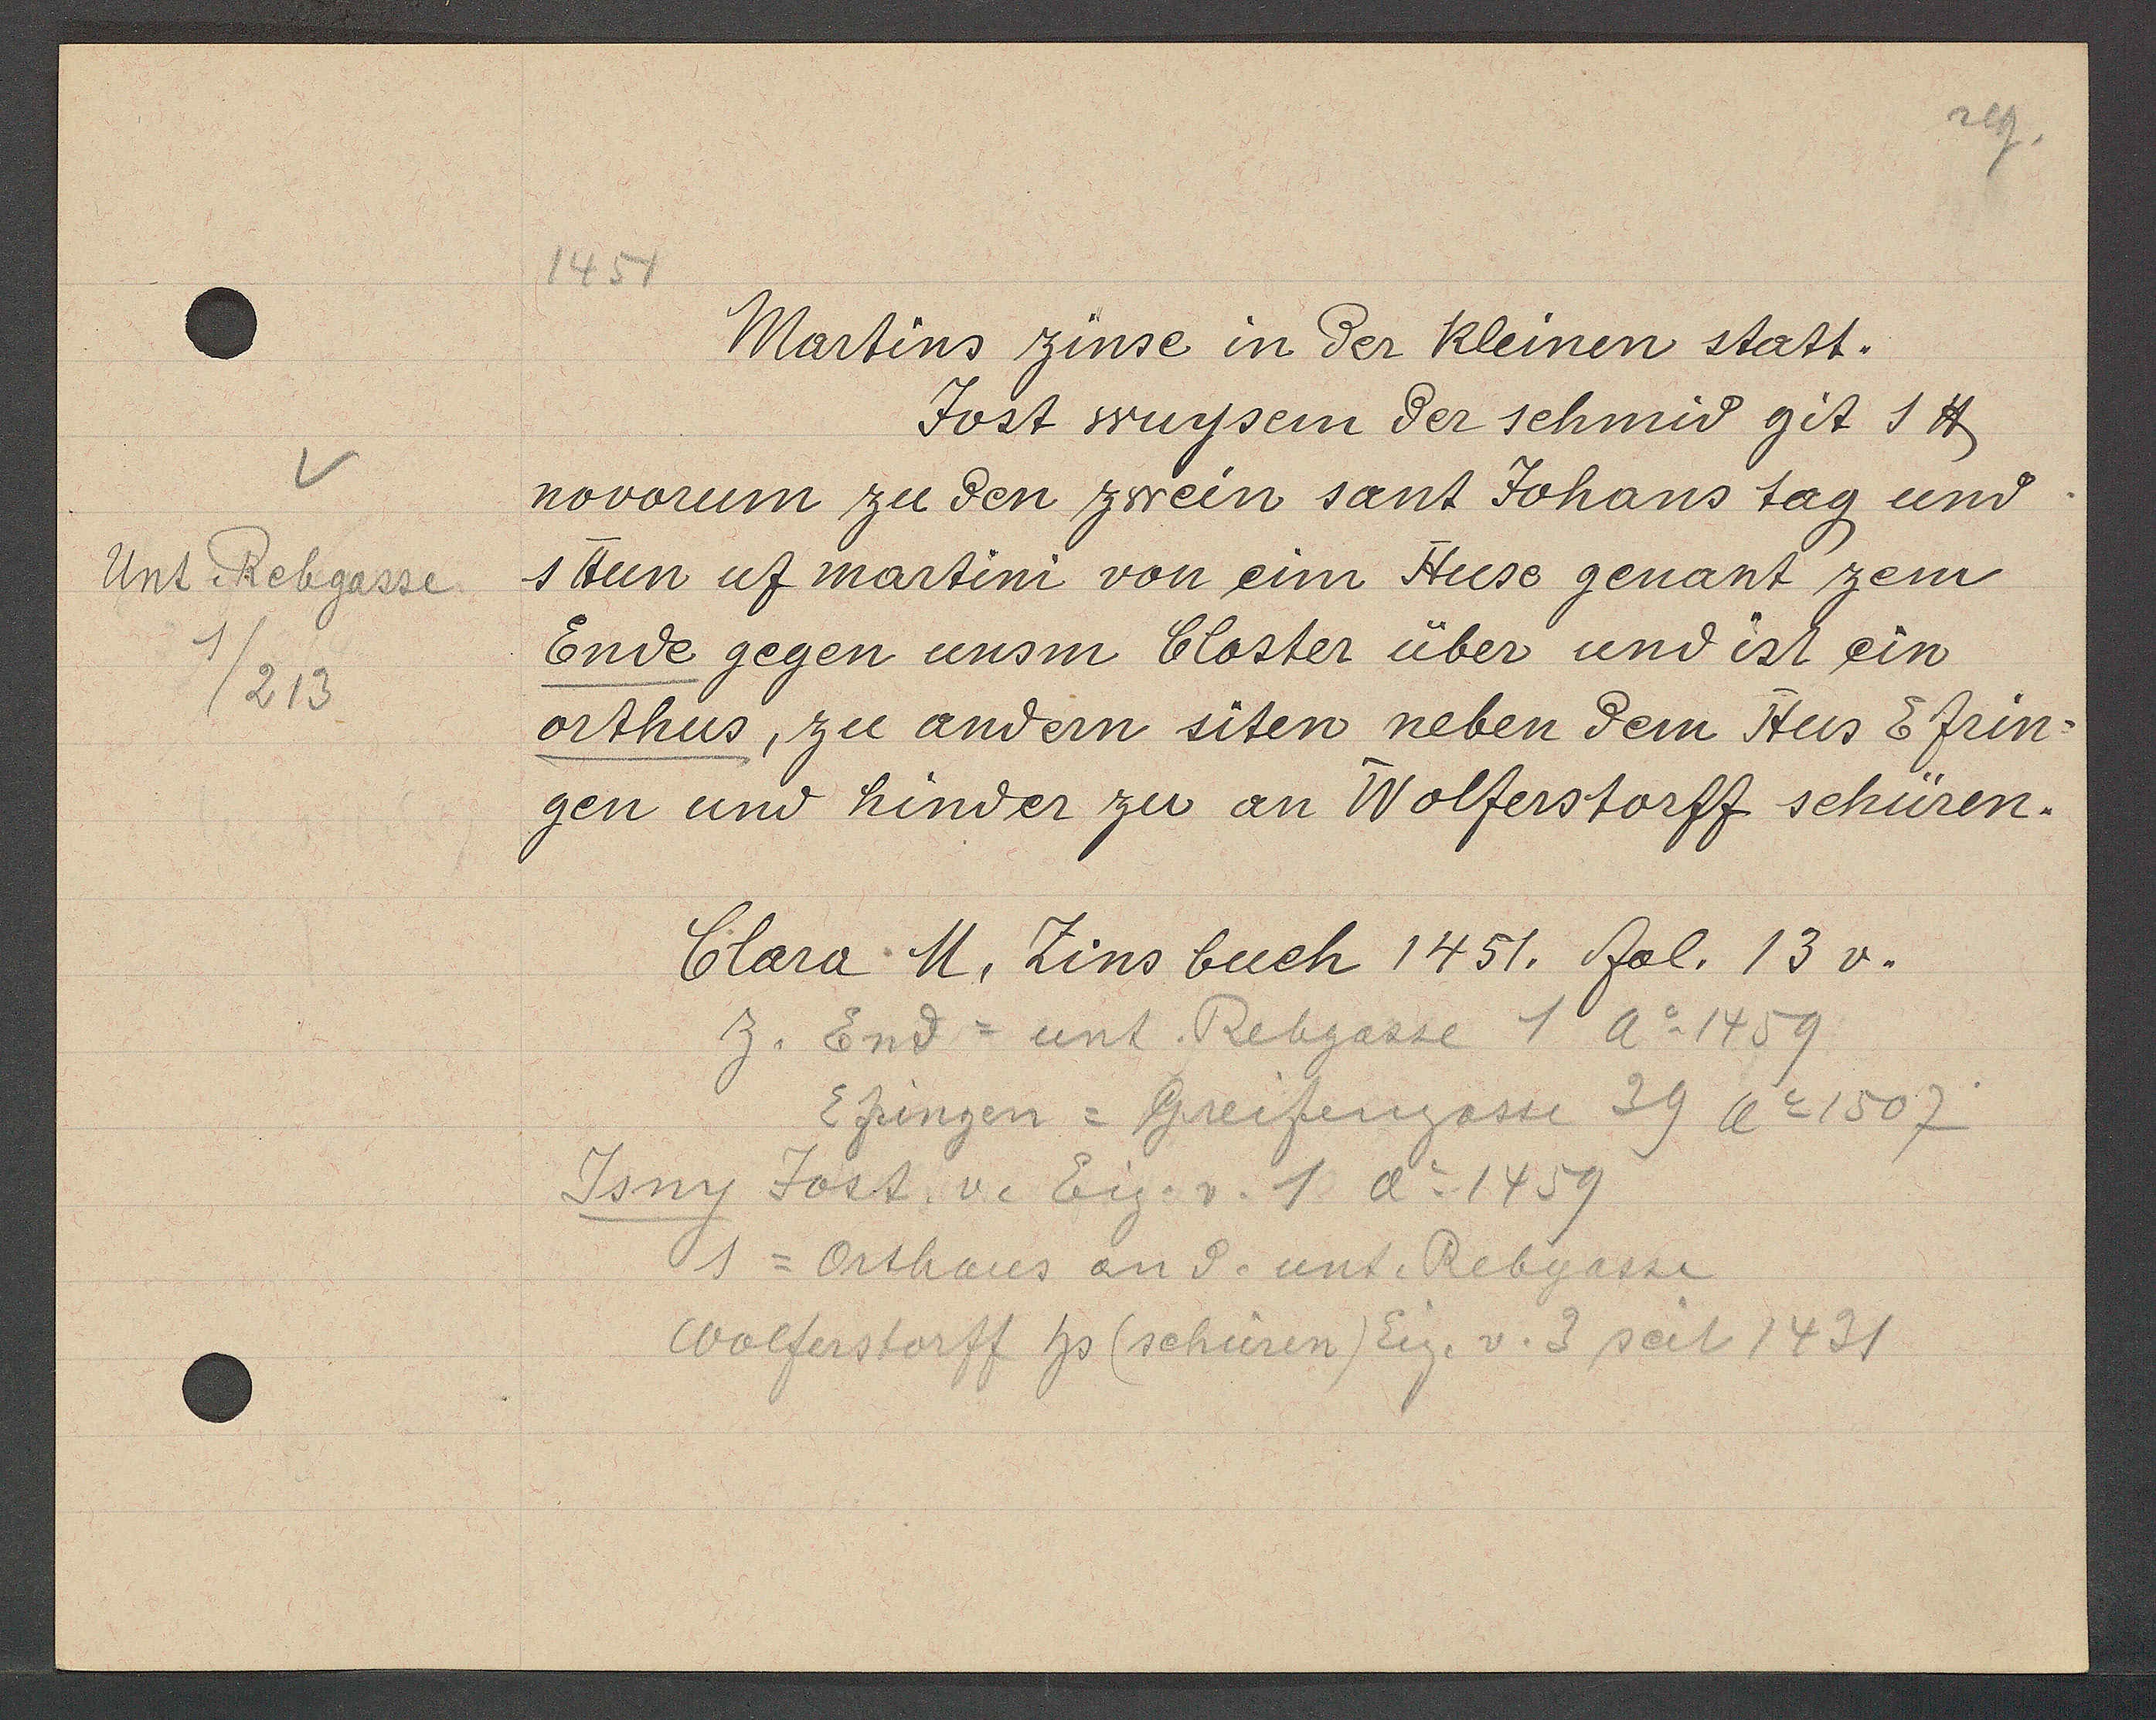
Transcript:
Unt. Rebgasse
1/213

1454

Martins zinse in der Kleinen statt.
Jost wuysem der schmid git 1 ℔
novorum zu den zwein sant Johans tag und
1 Hun uf martini von eim Huse genant zem
Ende gegen unsm Closter über und ist ein
orthus, zu andern siten neben dem Hus & frin¬
gen und hinder zu an Wolferstorff schüren.

Clara M, Zinsbuch 1451. fol. 13 v.

z. End = unt. Rebgasse 1 Ao 1459
Epingen = Greifengasse 39 Ao 1507
Isny Jost v. Eig. v. 1 Ao 1459
s = Orthaus an d. unt. Rebgasse
Wolferstorff hs (schüren) Eig. v. 3 seit 1431